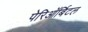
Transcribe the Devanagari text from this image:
पेरिऑर्बिटल